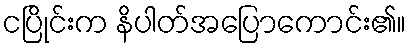
ငပြိုင်းက နိပါတ်အပြောကောင်း၏။